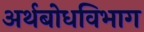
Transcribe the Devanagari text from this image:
अर्थबोधविभाग